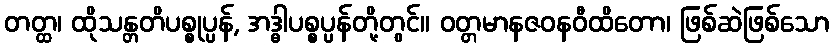
တတ္ထ၊ ထိုသန္တတိပစ္စုပ္ပန်, အဒ္ဓါပစ္စပ္ပန်တို့တွင်။ ဝတ္တမာနဇဝနဝီထိတော၊ ဖြစ်ဆဲဖြစ်သော